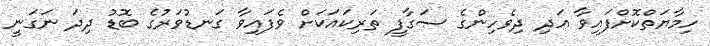
ހިމާޔަތްކޮށްފައިވާ އަދި ދިވެހިންގެ ސަގާފީ ތަރިކައަކަށް ވެފައިވާ ގަނޑުވަރުގެ ބޮޑު ދިދަ ނަގަނީ